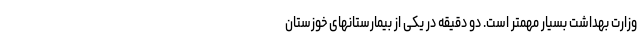
وزارت بهداشت بسیار مهمتر است. دو دقیقه در یکی از بیمارستانهای خوزستان